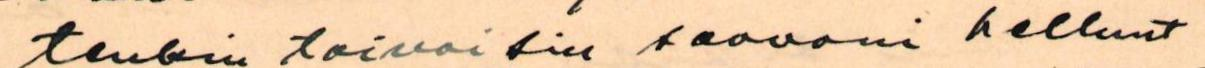
tenkin toivoisin saavani hellunt